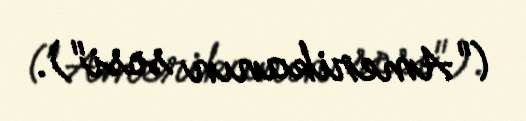
("Amerikanın səsi").